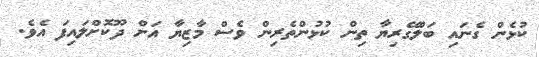
ކުޅެން ގެނައި ބަލްގޭރިޔާ ތިން ކުޅުންތެރިން ވެސް މާޒިޔާ އަށް ދޫކޮށްލައިފަ އެވެ.